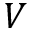
{ \cal V }